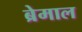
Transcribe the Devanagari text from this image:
ब्रेमाल